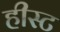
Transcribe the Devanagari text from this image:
हीस्ट